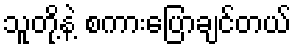
သူတို့နဲ့ စကားပြောချင်တယ်